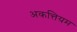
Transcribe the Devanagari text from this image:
अकत्तियम